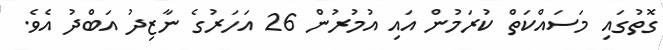
ގޮތުގައި މަސައްކަތް ކުރަމުން އައި އުމުރުން 26 އަހަރުގެ ނާޒިދު އަބްދު އެވެ.